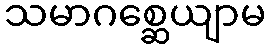
သမာဂစ္ဆေယျာမ